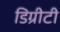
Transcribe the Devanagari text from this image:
डिग्रीटी